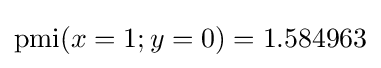
\operatorname {pmi} (x=1;y=0)=1.584963